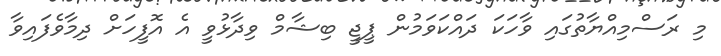
މި ރަސްމިއްޔާތުގައި ވާހަކަ ދައްކަވަމުން ޕީޖީ ބިޝާމް ވިދާޅުވީ އެ އޮފީހަށް ދިމާވެފައިވާ